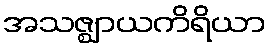
အသဇ္ဈာယကိရိယာ